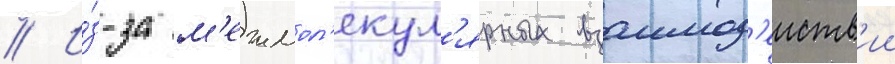
// И́з-за м'ежмол'екул'ярных взаимод'еиств'ии